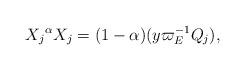
LaTeX: \begin{align*}X_j{}^\alpha X_j = (1-\alpha )( y\varpi_E^{-1}Q_j),\end{align*}